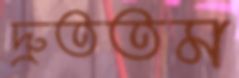
দ্রুততম